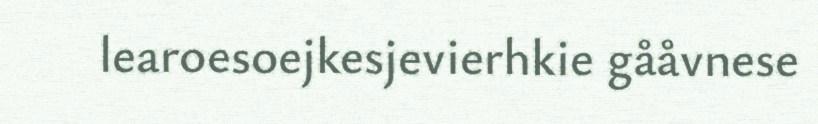
learoesoejkesjevierhkie gååvnese